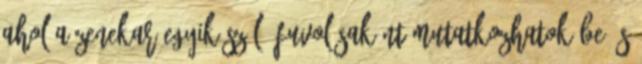
ahol a zenekar egyik szóló fuvolásaként mutatkozhatok be és